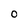
Character: o